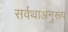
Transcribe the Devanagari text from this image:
सर्वथाअनुरूप